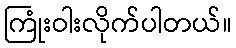
ကြုံးဝါးလိုက်ပါတယ်။